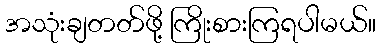
အသုံးချတတ်ဖို့ ကြိုးစားကြရပါမယ်။